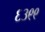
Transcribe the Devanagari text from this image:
६३९९